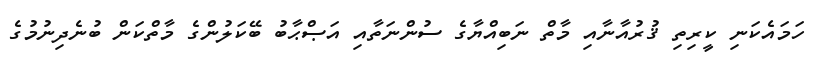
ހަމައެކަނި ކީރިތި ޤުރުއާނާއި މާތް ނަބިއްޔާގެ ސުންނަތާއި އަޞްޙާބު ބޭކަލުންގެ މާތްކަން ބުނެދިނުމުގެ